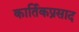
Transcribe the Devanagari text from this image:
कार्तिकप्रसाद